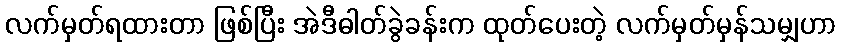
လက်မှတ်ရထားတာ ဖြစ်ပြီး အဲဒီဓါတ်ခွဲခန်းက ထုတ်ပေးတဲ့ လက်မှတ်မှန်သမျှဟာ